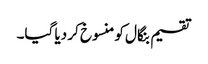
تقسیم بنگال کو منسوخ کر دیا گیا۔